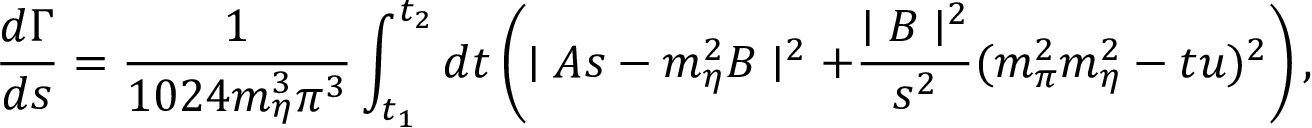
{ \frac { d \Gamma } { d s } } = { \frac { 1 } { 1 0 2 4 m _ { \eta } ^ { 3 } \pi ^ { 3 } } } \int _ { t _ { 1 } } ^ { t _ { 2 } } d t \left( \mid A s - m _ { \eta } ^ { 2 } B \mid ^ { 2 } + { \frac { \mid B \mid ^ { 2 } } { s ^ { 2 } } } ( m _ { \pi } ^ { 2 } m _ { \eta } ^ { 2 } - t u ) ^ { 2 } \right) ,